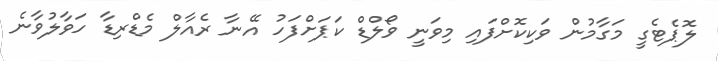
ލޮޕެޓެގީ މަގާމުން ވަކިކޮށްފައި މިވަނީ ވޯލްޑް ކަޕަށްފަހު އޭނާ ރެއާލް މެޑްރިޑާ ހަވާލުވާނެ